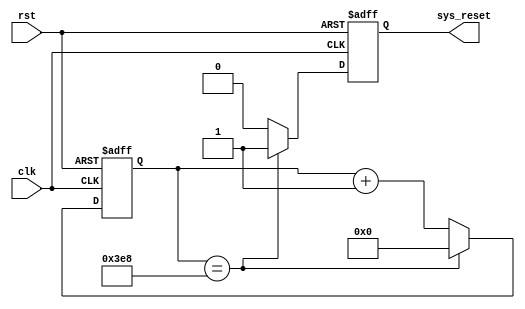
module Watchdog_timer (
  input wire clk,
  input wire rst,
  output reg sys_reset
);

parameter THRESHOLD = 1000; // define the threshold value for the timing

reg [15:0] counter; // 16-bit counter for tracking the timing

always @(posedge clk or posedge rst) begin
  if (rst) begin
    counter <= 0;
    sys_reset <= 0;
  end else begin
    if (counter == THRESHOLD) begin
      sys_reset <= 1; // system reset triggered if counter exceeds threshold
      counter <= 0;
    end else begin
      counter <= counter + 1; // increment counter on each clock cycle
      sys_reset <= 0;
    end
  end
end

endmodule